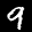
Label: 9